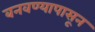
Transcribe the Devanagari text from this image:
बनवण्यापासून